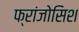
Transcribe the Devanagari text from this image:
फ्रांजोसिश